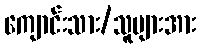
ကျောင်းသား/သူများအား